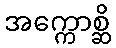
အက္ကောစ္ဆိ